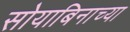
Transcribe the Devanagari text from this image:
सोयाबिनाच्या